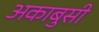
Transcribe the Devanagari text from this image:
अकाबुसी